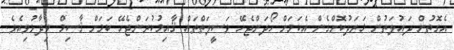
އެގޮތުން ދައުލަތުން ޚަރަދުކޮށްގެން އެކަމަށް ހޯދަންޖެހޭ ވަސީލަތްތައް ޤާއިމުކުރަންޖެހޭ ކަމަށް ޤާސިމް ވިދާޅުވިއެވެ.